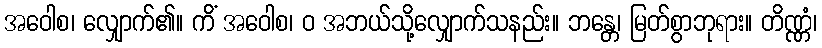
အဝေါစ၊ လျှောက်၏။ ကိံ အဝေါစ၊ ဝ အဘယ်သို့လျှောက်သနည်း။ ဘန္တေ၊ မြတ်စွာဘုရား။ တိဏ္ဏံ၊